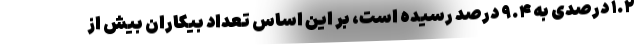
۱.۲ درصدی به ۹.۴ درصد رسیده است، بر این اساس تعداد بیکاران بیش از